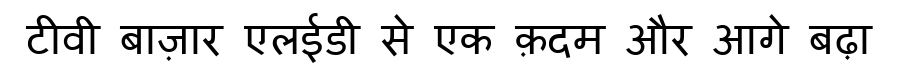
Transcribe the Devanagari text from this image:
टीवी बाज़ार एलईडी से एक क़दम और आगे बढ़ा